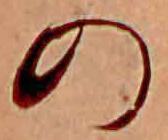
の